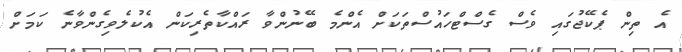
އެ ތިން ޕެކޭޖުގައި ވެސް ގެސްޓްހައުސްތަކަށް އެންމެ ބޭނުންވާ ރައްކާތެރިކަން އެކުލެވިގެންވާނެ ކަމަށް